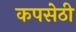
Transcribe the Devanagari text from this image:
कपसेठी